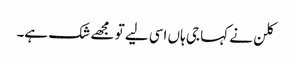
کلن نے کہا جی ہاں اسی لیے تو مجھے شک ہے۔